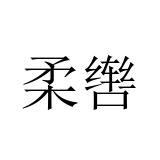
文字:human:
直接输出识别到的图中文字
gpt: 柔辔